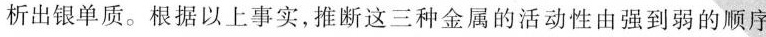
析出银单质。根据以上事实，推断这三种金属的活动性由强到弱的顺序